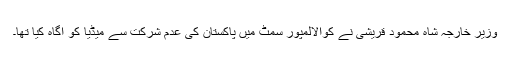
وزیر خارجہ شاہ محمود قریشی نے کوالالمپور سمٹ میں پاکستان کی عدم شرکت سے میڈیا کو آگاہ کیا تھا۔